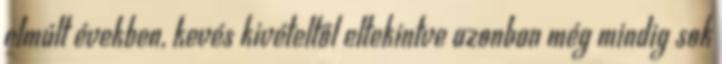
elmúlt években, kevés kivételtől eltekintve azonban még mindig sok